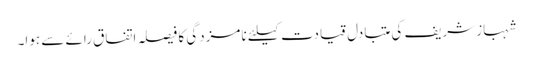
شہباز شریف کی متبادل قیادت کیلئے نامزدگی کا فیصلہ اتفاق رائے سے ہوا۔